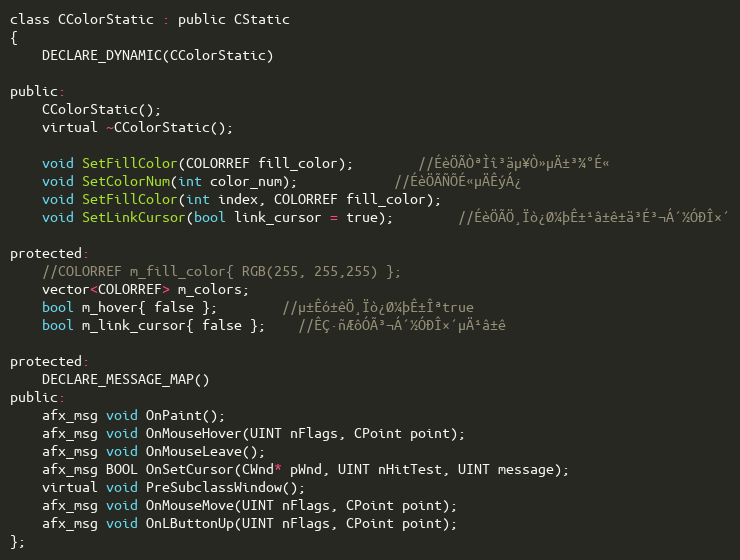
Language: C
class CColorStatic : public CStatic
{
	DECLARE_DYNAMIC(CColorStatic)

public:
	CColorStatic();
	virtual ~CColorStatic();

	void SetFillColor(COLORREF fill_color);		//ÉèÖÃÒªÌî³äµ¥Ò»µÄ±³¾°É«
	void SetColorNum(int color_num);			//ÉèÖÃÑÕÉ«µÄÊýÁ¿
	void SetFillColor(int index, COLORREF fill_color);
	void SetLinkCursor(bool link_cursor = true);		//ÉèÖÃÖ¸Ïò¿Ø¼þÊ±¹â±ê±ä³É³¬Á´½ÓÐÎ×´

protected:
	//COLORREF m_fill_color{ RGB(255, 255,255) };
	vector<COLORREF> m_colors;
	bool m_hover{ false };		//µ±Êó±êÖ¸Ïò¿Ø¼þÊ±Îªtrue
	bool m_link_cursor{ false };	//ÊÇ·ñÆôÓÃ³¬Á´½ÓÐÎ×´µÄ¹â±ê

protected:
	DECLARE_MESSAGE_MAP()
public:
	afx_msg void OnPaint();
	afx_msg void OnMouseHover(UINT nFlags, CPoint point);
	afx_msg void OnMouseLeave();
	afx_msg BOOL OnSetCursor(CWnd* pWnd, UINT nHitTest, UINT message);
	virtual void PreSubclassWindow();
	afx_msg void OnMouseMove(UINT nFlags, CPoint point);
	afx_msg void OnLButtonUp(UINT nFlags, CPoint point);
};